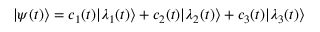
| \psi ( t ) \rangle = c _ { 1 } ( t ) | \lambda _ { 1 } ( t ) \rangle + c _ { 2 } ( t ) | \lambda _ { 2 } ( t ) \rangle + c _ { 3 } ( t ) | \lambda _ { 3 } ( t ) \rangle